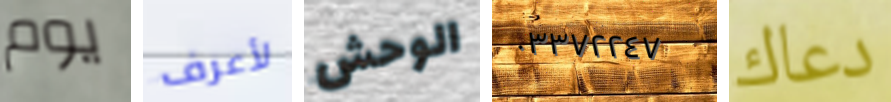
يوم لأعرف الوحش ٠٣٣٧٢٢٤٧ دعاك